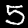
Label: 5